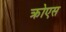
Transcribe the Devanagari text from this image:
क्रोएस